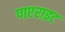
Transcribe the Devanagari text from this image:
पाएराइट